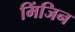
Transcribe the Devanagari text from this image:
मिंजिन